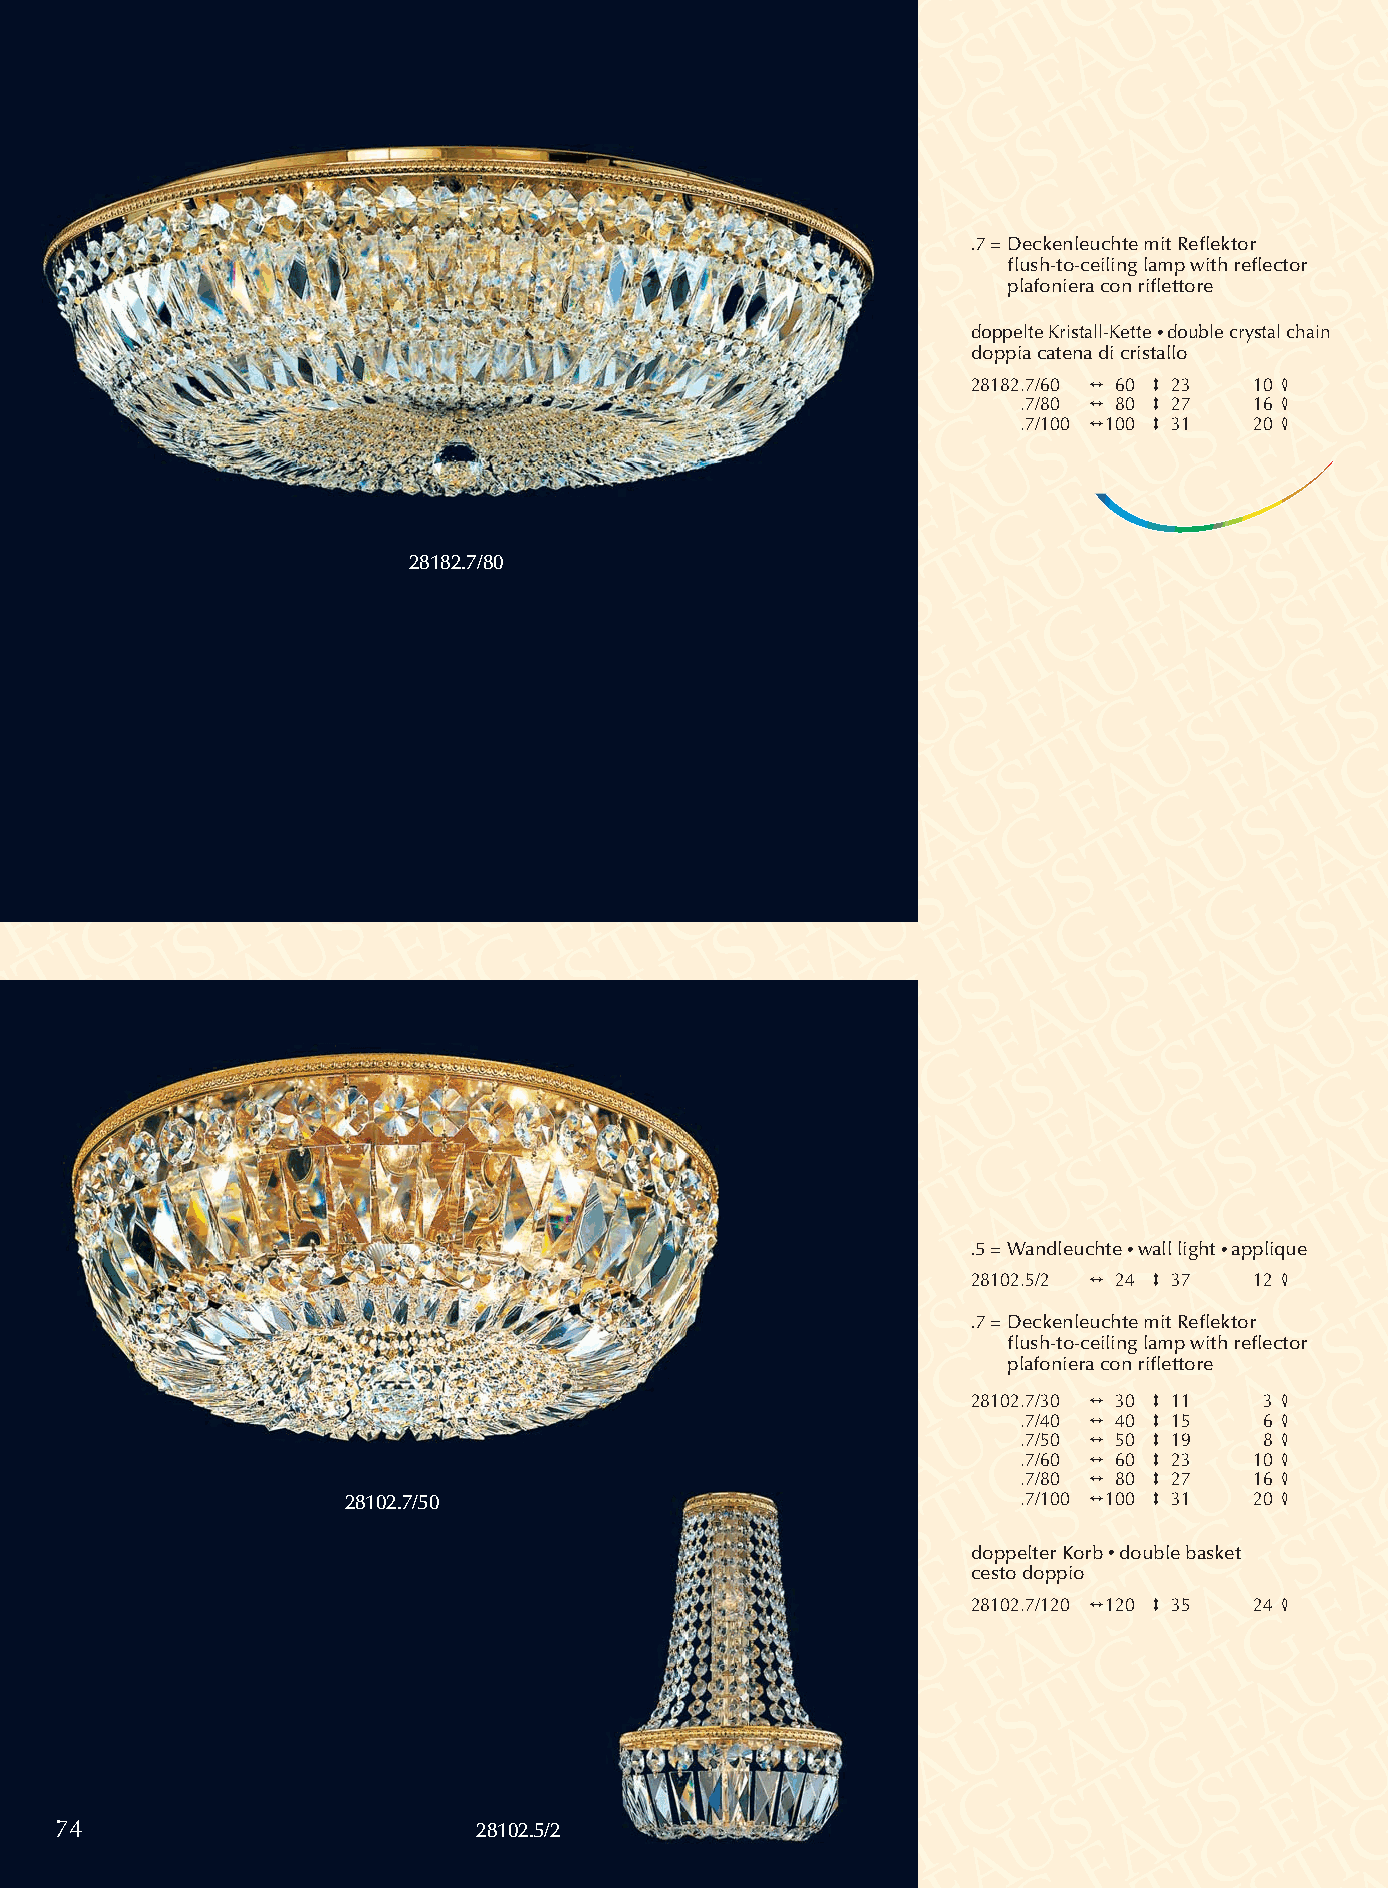
.7 =Deckenleuchte mit Reflektor
 flush-to-ceiling lamp with reflector
 plafoniera con riflettore
 doppelte Kristall-Kette •double crystal chain
 doppia catena di cristallo
 28182.7/60 2 60 3 23 10 4
 .7/80 2 80 3 27 16 4
 .7/100 2100 3 31 20 4
 28182.7/80
 .5 = Wandleuchte •wall light •applique
 28102.5/2 2 24 3 37 12 4
 .7 =Deckenleuchte mit Reflektor
 flush-to-ceiling lamp with reflector
 plafoniera con riflettore
 28102.7/30 2 30 3 11 3 4
 .7/40 2 40 3 15 6 4
 .7/50 2 50 3 19 8 4
 .7/60 2 60 3 23 10 4
 .7/80 2 80 3 27 16 4
 28102.7/50                                   .7/100 2100 3 31 20 4
 doppelter Korb •double basket
 cesto doppio
 28102.7/120 2120 3 35 24 4
 74                          28102.5/2